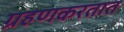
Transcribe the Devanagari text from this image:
ग्रहणकरतात